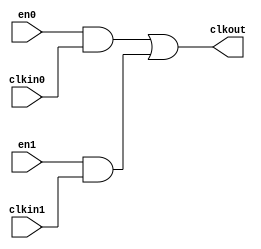
// This program was cloned from: https://github.com/aolofsson/oh
// License: MIT License

//#############################################################################
//# Function: 2:1 Clock Mux                                                   #
//#############################################################################
//# Author:   Andreas Olofsson                                                #
//# License:  MIT (see LICENSE file in OH! repository)                        #
//#############################################################################

module oh_clockmux2
  #(parameter N    = 1,        // vector width
    parameter SYN  = "TRUE",   // synthesizable (or not)
    parameter TYPE = "DEFAULT" // implementation type
    )
   (
    input [N-1:0]  en0, // clkin0 enable (stable high)
    input [N-1:0]  en1, // clkin1 enable (stable high)
    input [N-1:0]  clkin0, // clock input
    input [N-1:0]  clkin1, // clock input
    output [N-1:0] clkout // clock output
    );

   generate
      if(SYN == "TRUE") begin
	 assign clkout[N-1:0] = (en0[N-1:0] & clkin0[N-1:0]) |
				(en1[N-1:0] & clkin1);
      end
      else begin
	 genvar 	     i;
	 for (i=0;i<N;i=i+1) begin
	    asic_clockmux2 #(.TYPE(TYPE))
	    asic_clockmux2(// Outputs
			   .clkout	(clkout[N-1:0]),
			   // Inputs
			   .en0		(en0[N-1:0]),
			   .en1		(en1[N-1:0]),
			   .clkin0	(clkin0[N-1:0]),
			   .clkin1	(clkin1[N-1:0]));
	 end
      end
   endgenerate
endmodule